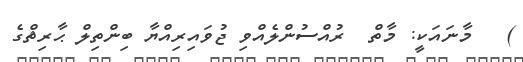
)   މާނައަކީ: މާތް  ރުއްސުންލެއްވި ޖުވައިރިއްޔާ ބިންތިލް ޙާރިޘްގެ